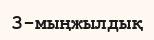
3-мыңжылдық